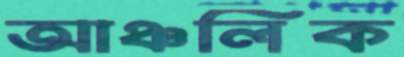
আঞ্চলিক